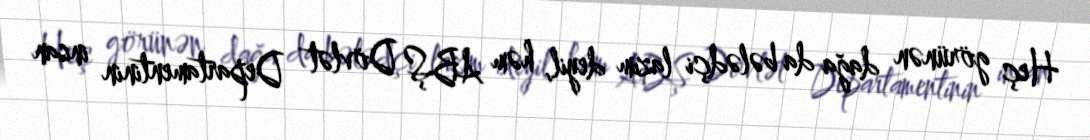
Heç görünən dağa da bələdçi lazım deyil, həm ABŞ Dövlət Departamentinin insan